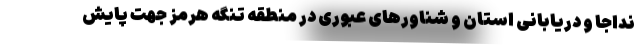
نداجا و دریابانی استان و شناورهای عبوری در منطقه تنگه هرمز جهت پایش